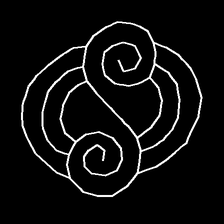
Glyph: wind-underfoot